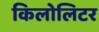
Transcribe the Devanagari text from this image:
किलोलिटर